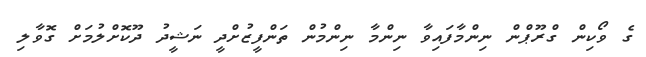
ގެ ވޯކިން ގްރޫޕްން ނިންމާފައިވާ ނިންމާ ނިންމުން ތަންފީޒުށްދީ ނަޝީދު ދޫކޮށްލުމަށް ގޮވާލި